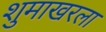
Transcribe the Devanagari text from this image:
शुमाखरला